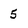
Character: 5